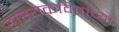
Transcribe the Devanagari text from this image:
हास्यकवितांच्या